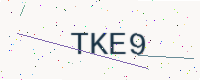
Text: TKE9